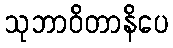
သုဘာဝိတာနိပေ